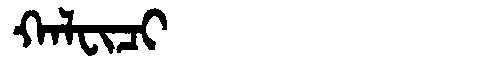
Manchu: ᡴᠠᠯᠸᡳᠴᡳ
Romanization: KALFICI